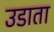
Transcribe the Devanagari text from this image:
उडाता